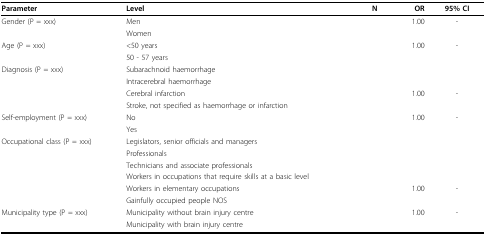
<table><thead><tr><td><b>Parameter</b></td><td><b>Level</b></td><td><b>N</b></td><td><b>OR</b></td><td><b>95% CI</b></td></tr></thead><tbody><tr><td>Gender (P = xxx)</td><td>Men</td><td></td><td>1.00</td><td>-</td></tr><tr><td></td><td>Women</td><td></td><td></td><td></td></tr><tr><td>Age (P = xxx)</td><td>&lt;50 years</td><td></td><td>1.00</td><td>-</td></tr><tr><td></td><td>50 - 57 years</td><td></td><td></td><td></td></tr><tr><td>Diagnosis (P = xxx)</td><td>Subarachnoid haemorrhage</td><td></td><td></td><td></td></tr><tr><td></td><td>Intracerebral haemorrhage</td><td></td><td></td><td></td></tr><tr><td></td><td>Cerebral infarction</td><td></td><td>1.00</td><td>-</td></tr><tr><td></td><td>Stroke, not specified as haemorrhage or infarction</td><td></td><td></td><td></td></tr><tr><td>Self-employment (P = xxx)</td><td>No</td><td></td><td>1.00</td><td>-</td></tr><tr><td></td><td>Yes</td><td></td><td></td><td></td></tr><tr><td>Occupational class (P = xxx)</td><td>Legislators, senior officials and managers</td><td></td><td></td><td></td></tr><tr><td></td><td>Professionals</td><td></td><td></td><td></td></tr><tr><td></td><td>Technicians and associate professionals</td><td></td><td></td><td></td></tr><tr><td></td><td>Workers in occupations that require skills at a basic level</td><td></td><td></td><td></td></tr><tr><td></td><td>Workers in elementary occupations</td><td></td><td>1.00</td><td>-</td></tr><tr><td></td><td>Gainfully occupied people NOS</td><td></td><td></td><td></td></tr><tr><td>Municipality type (P = xxx)</td><td>Municipality without brain injury centre</td><td></td><td>1.00</td><td>-</td></tr><tr><td></td><td>Municipality with brain injury centre</td><td></td><td></td><td></td></tr></tbody></table>